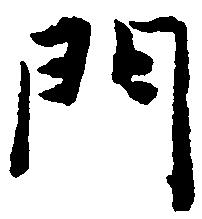
門